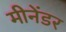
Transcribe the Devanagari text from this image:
मीनेंडर